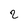
Character: 2